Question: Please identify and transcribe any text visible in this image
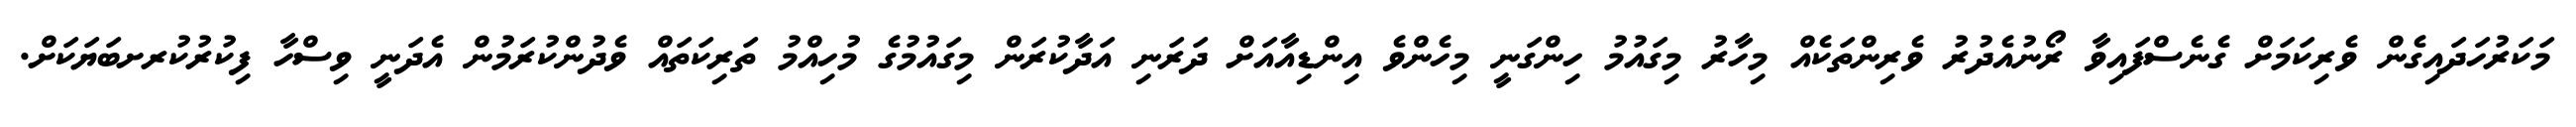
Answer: މަކަރުހަދައިގެން ވެރިކަމަށް ގެނެސްފައިވާ ރޯނުއެދުރު ވެރިންތަކެއް މިހާރު މިގައުމު ހިންގަނީ މިހެންވެ އިންޑިއާއަށް ދަރަނި އަދާކުރަން މިގައުމުގެ މުހިއްމު ތަރިކަތައް ވެދުންކުރަމުން އެދަނީ ވިސްހާ ފިކުރުކުރށބަޔަކަށް.